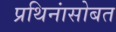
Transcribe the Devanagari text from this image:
प्रथिनांसोबत